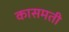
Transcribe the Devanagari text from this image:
कासमती